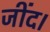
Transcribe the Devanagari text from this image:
जींद।